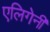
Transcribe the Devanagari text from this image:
एलिगेनी